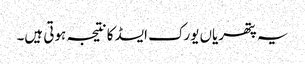
یہ پتھریاں یورک ایسڈ کا نتیجہ ہوتی ہیں۔